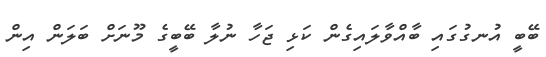
ބޭބީ އުނގުގައި ބާއްވާލައިގެން ކަޅި ޖަހާ ނުލާ ބޭބީގެ މޫނަށް ބަލަން އިން